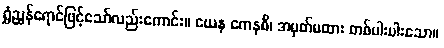
ရွှံညွှန်ရောင်ဖြင့်သော်လည်းကောင်း။ ယေန ကေနစိ၊ အမှတ်မထား တစ်ပါးပါးသော။